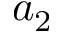
a _ { 2 }